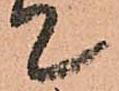
て